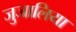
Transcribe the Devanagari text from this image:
जुजालिया